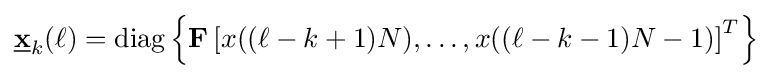
{\underline {\mathbf {x} }}_{k}(\ell )=\mathrm {diag} \left\{\mathbf {F} \left[x((\ell -k+1)N),\dots ,x((\ell -k-1)N-1)\right]^{T}\right\}